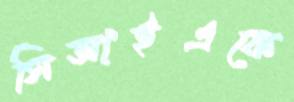
সিআইএকে